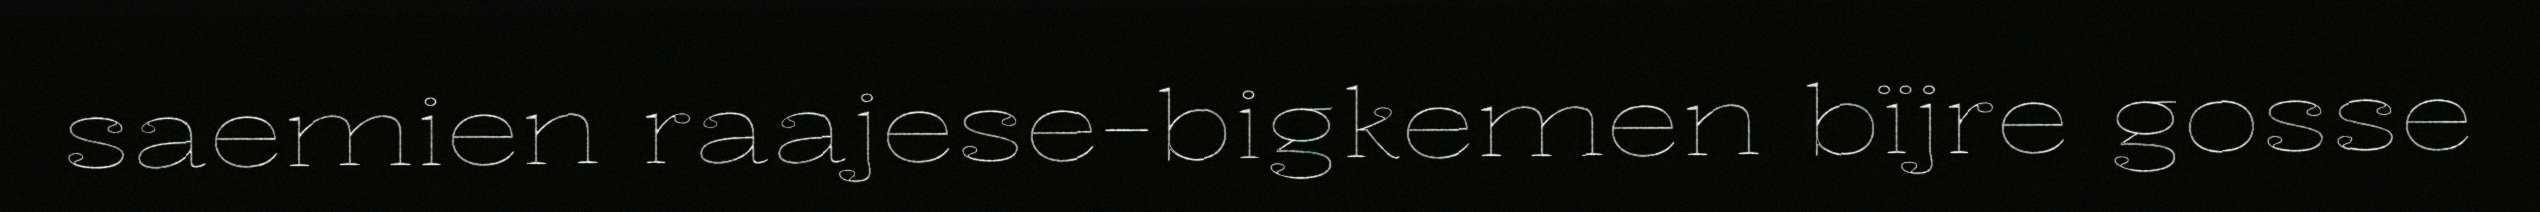
saemien raajese-bigkemen bïjre gosse